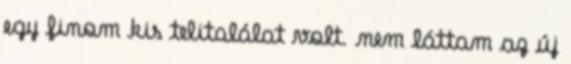
egy finom kis telitalálat volt. nem láttam az új